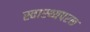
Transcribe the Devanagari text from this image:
स्वास्थ्यपरक